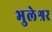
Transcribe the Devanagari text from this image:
भुलेश्रर